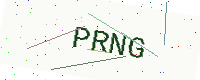
Text: PRNG